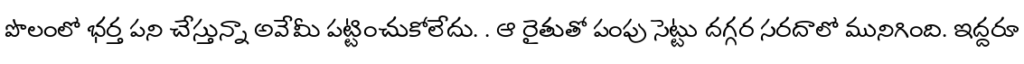
పొలంలో భర్త పని చేస్తున్నా అవేమీ పట్టించుకోలేదు. . ఆ రైతుతో పంపు సెట్టు దగ్గర సరదాలో మునిగింది. ఇద్దరూ